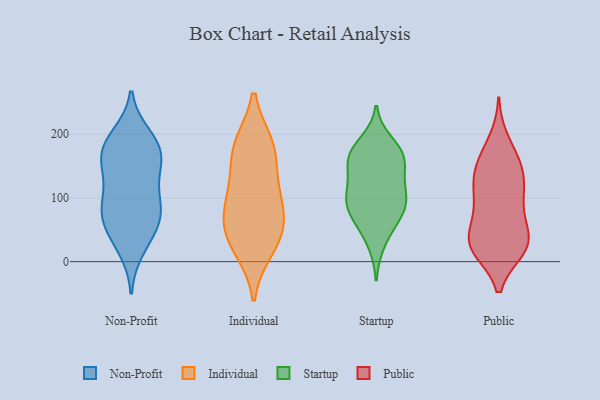
{"axis": {"x": "Active Users", "y": "Value"}, "legend": ["Individual", "Non-Profit", "Public", "Startup"], "data": [{"x": "", "y": 80, "type": "Non-Profit"}, {"x": "", "y": 65, "type": "Non-Profit"}, {"x": "", "y": 88, "type": "Non-Profit"}, {"x": "", "y": 197, "type": "Non-Profit"}, {"x": "", "y": 179, "type": "Non-Profit"}, {"x": "", "y": 178, "type": "Non-Profit"}, {"x": "", "y": 148, "type": "Non-Profit"}, {"x": "", "y": 79, "type": "Non-Profit"}, {"x": "", "y": 128, "type": "Non-Profit"}, {"x": "", "y": 57, "type": "Non-Profit"}, {"x": "", "y": 154, "type": "Non-Profit"}, {"x": "", "y": 20, "type": "Non-Profit"}, {"x": "", "y": 99, "type": "Non-Profit"}, {"x": "", "y": 164, "type": "Non-Profit"}, {"x": "", "y": 38, "type": "Non-Profit"}, {"x": "", "y": 188, "type": "Non-Profit"}, {"x": "", "y": 120, "type": "Individual"}, {"x": "", "y": 172, "type": "Individual"}, {"x": "", "y": 182, "type": "Individual"}, {"x": "", "y": 181, "type": "Individual"}, {"x": "", "y": 21, "type": "Individual"}, {"x": "", "y": 43, "type": "Individual"}, {"x": "", "y": 83, "type": "Individual"}, {"x": "", "y": 37, "type": "Individual"}, {"x": "", "y": 66, "type": "Individual"}, {"x": "", "y": 101, "type": "Individual"}, {"x": "", "y": 164, "type": "Startup"}, {"x": "", "y": 28, "type": "Startup"}, {"x": "", "y": 156, "type": "Startup"}, {"x": "", "y": 100, "type": "Startup"}, {"x": "", "y": 57, "type": "Startup"}, {"x": "", "y": 130, "type": "Startup"}, {"x": "", "y": 170, "type": "Startup"}, {"x": "", "y": 71, "type": "Startup"}, {"x": "", "y": 162, "type": "Startup"}, {"x": "", "y": 120, "type": "Startup"}, {"x": "", "y": 90, "type": "Startup"}, {"x": "", "y": 109, "type": "Startup"}, {"x": "", "y": 79, "type": "Startup"}, {"x": "", "y": 169, "type": "Startup"}, {"x": "", "y": 89, "type": "Startup"}, {"x": "", "y": 187, "type": "Startup"}, {"x": "", "y": 85, "type": "Public"}, {"x": "", "y": 191, "type": "Public"}, {"x": "", "y": 20, "type": "Public"}, {"x": "", "y": 123, "type": "Public"}, {"x": "", "y": 85, "type": "Public"}, {"x": "", "y": 21, "type": "Public"}, {"x": "", "y": 110, "type": "Public"}, {"x": "", "y": 25, "type": "Public"}, {"x": "", "y": 101, "type": "Public"}, {"x": "", "y": 131, "type": "Public"}, {"x": "", "y": 23, "type": "Public"}, {"x": "", "y": 55, "type": "Public"}, {"x": "", "y": 19, "type": "Public"}, {"x": "", "y": 46, "type": "Public"}, {"x": "", "y": 25, "type": "Public"}, {"x": "", "y": 158, "type": "Public"}, {"x": "", "y": 138, "type": "Public"}, {"x": "", "y": 41, "type": "Public"}, {"x": "", "y": 165, "type": "Public"}, {"x": "", "y": 151, "type": "Public"}]}